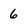
Character: 6